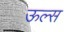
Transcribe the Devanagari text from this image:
ऊल्स